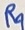
Text: R9